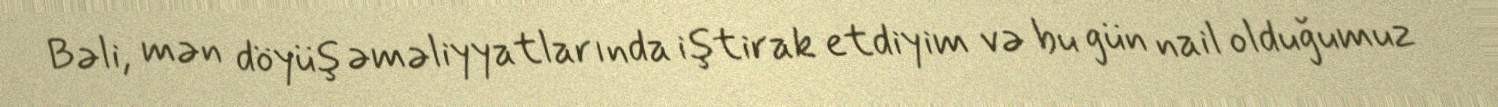
Bəli, mən döyüş əməliyyatlarında iştirak etdiyim və bu gün nail olduğumuz